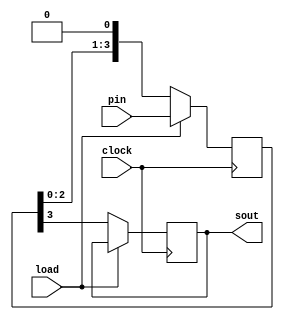
module piso(clock,pin,sout,load);
input [3:0] pin;
input clock,load; 
output reg sout;
reg [3:0] temp= 0; 
always @(posedge clock)
begin 
if(load)
temp <= pin ; 
else 
begin 
sout <= temp[3];
temp <= {temp[2:0],1'b0}; 
end
end
endmodule